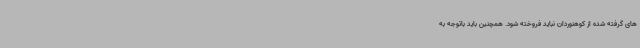
های گرفته شده از کوهنوردان نباید فروخته شود. همچنین باید باتوجه به